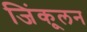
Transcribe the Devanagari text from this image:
जिंकूलन